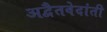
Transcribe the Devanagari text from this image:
अद्वैतवेदांती